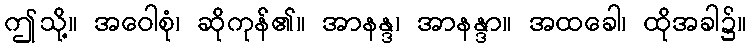
ဤသို့။ အဝေါစုံ၊ ဆိုကုန်၏။ အာနန္ဒ၊ အာနန္ဒာ။ အထခေါ၊ ထိုအခါ၌။